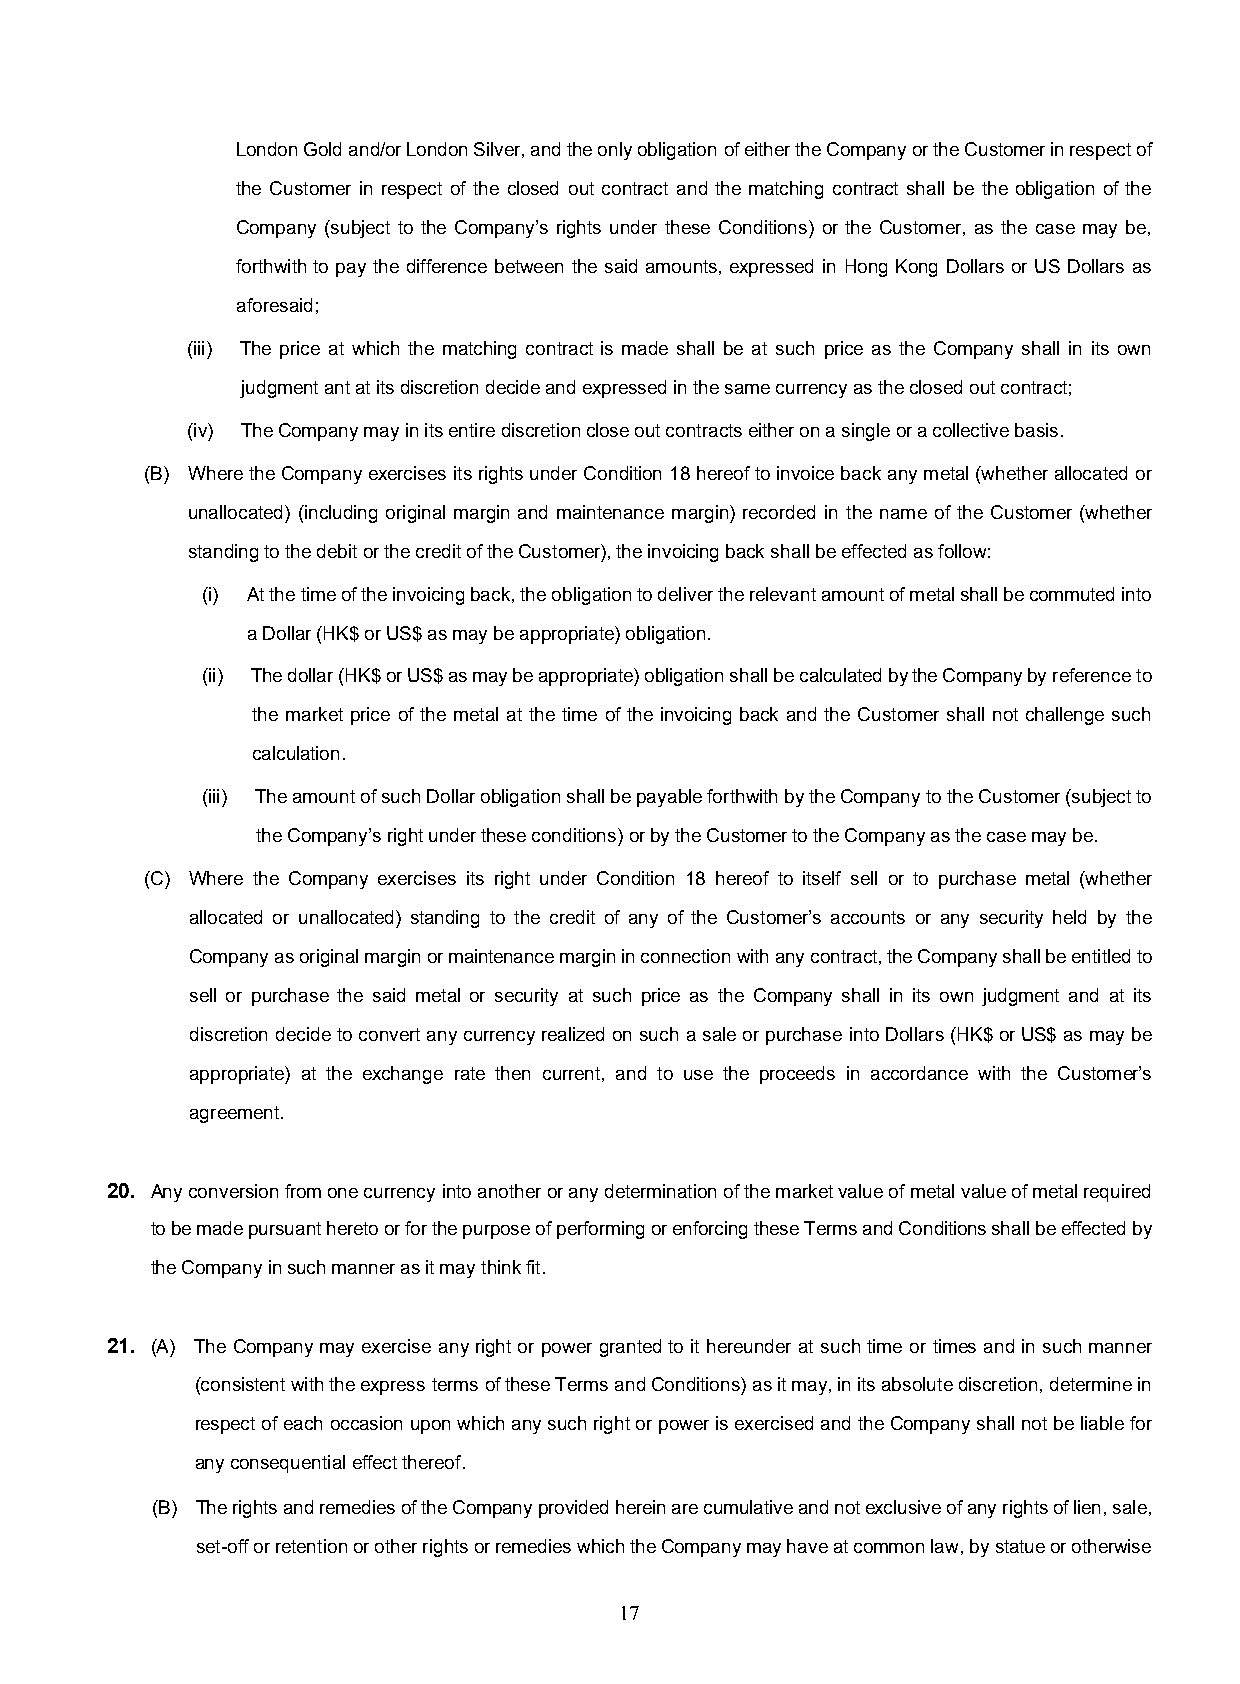
London Gold and/or London Silver, and the only obligation of either the Company or the Customer in respect of
 the Customer in respect of the closed out contract and the matching contract shall be the obligation of the
 Company (subject to the Company’s rights under these Conditions) or the Customer, as the case may be,
 forthwith to pay the difference between the said amounts, expressed in Hong Kong Dollars or US Dollars as
 aforesaid;
 (iii) The price at which the matching contract is made shall be at such price as the Company shall in its own
 judgment ant at its discretion decide and expressed in the same currency as the closed out contract;
 (iv) The Company may in its entire discretion close out contracts either on a single or a collective basis.
 (B) Where the Company exercises its rights under Condition 18 hereof to invoice back any metal (whether allocated or
 unallocated) (including original margin and maintenance margin) recorded in the name of the Customer (whether
 standing to the debit or the credit of the Customer), the invoicing back shall be effected as follow:
 (i) At the time of the invoicing back, the obligation to deliver the relevant amount of metal shall be commuted into
 a Dollar (HK$ or US$ as may be appropriate) obligation.
 (ii) The dollar (HK$ or US$ as may be appropriate) obligation shall be calculated by the Company by reference to
 the market price of the metal at the time of the invoicing back and the Customer shall not challenge such
 calculation.
 (iii) The amount of such Dollar obligation shall be payable forthwith by the Company to the Customer (subject to
 the Company’s right under these conditions) or by the Customer to the Company as the case may be.
 (C) Where the Company exercises its right under Condition 18 hereof to itself sell or to purchase metal (whether
 allocated or unallocated) standing to the credit of any of the Customer’s accounts or any security held by the
 Company as original margin or maintenance margin in connection with any contract, the Company shall be entitled to
 sell or purchase the said metal or security at such price as the Company shall in its own judgment and at its
 discretion decide to convert any currency realized on such a sale or purchase into Dollars (HK$ or US$ as may be
 appropriate) at the exchange rate then current, and to use the proceeds in accordance with the Customer’s
 agreement.
 20. Any conversion from one currency into another or any determination of the market value of metal value of metal required
 to be made pursuant hereto or for the purpose of performing or enforcing these Terms and Conditions shall be effected by
 the Company in such manner as it may think fit.
 21. (A) The Company may exercise any right or power granted to it hereunder at such time or times and in such manner
 (consistent with the express terms of these Terms and Conditions) as it may, in its absolute discretion, determine in
 respect of each occasion upon which any such right or power is exercised and the Company shall not be liable for
 any consequential effect thereof.
 (B) The rights and remedies of the Company provided herein are cumulative and not exclusive of any rights of lien, sale,
 set-off or retention or other rights or remedies which the Company may have at common law, by statue or otherwise
 17